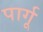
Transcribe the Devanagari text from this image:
पार्गू